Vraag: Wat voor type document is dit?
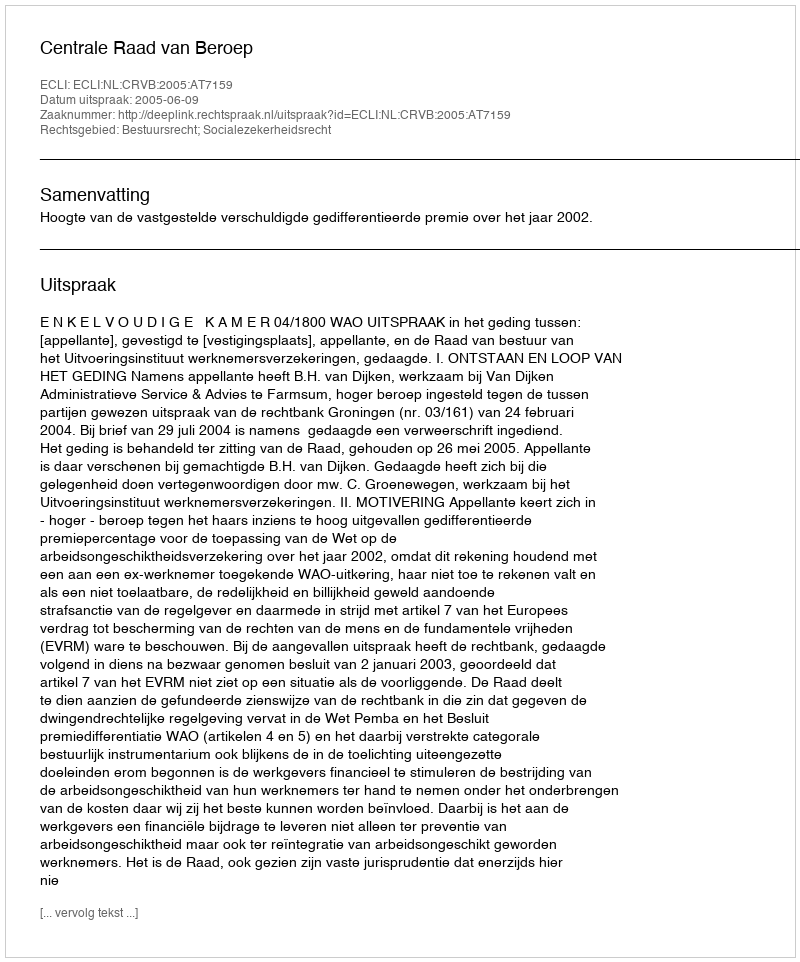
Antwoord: Uitspraak